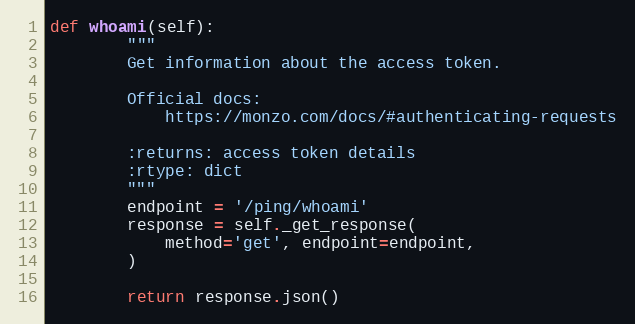
Language: Python
def whoami(self):
        """
        Get information about the access token.

        Official docs:
            https://monzo.com/docs/#authenticating-requests

        :returns: access token details
        :rtype: dict
        """
        endpoint = '/ping/whoami'
        response = self._get_response(
            method='get', endpoint=endpoint,
        )

        return response.json()